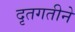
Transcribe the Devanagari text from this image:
दृतगतीने